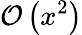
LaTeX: {\mathcal O}\left(x^{2}\right)